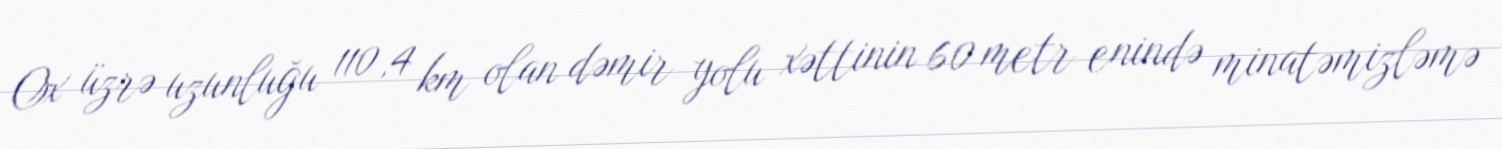
Ox üzrə uzunluğu 110,4 km olan dəmir yolu xəttinin 60 metr enində minatəmizləmə